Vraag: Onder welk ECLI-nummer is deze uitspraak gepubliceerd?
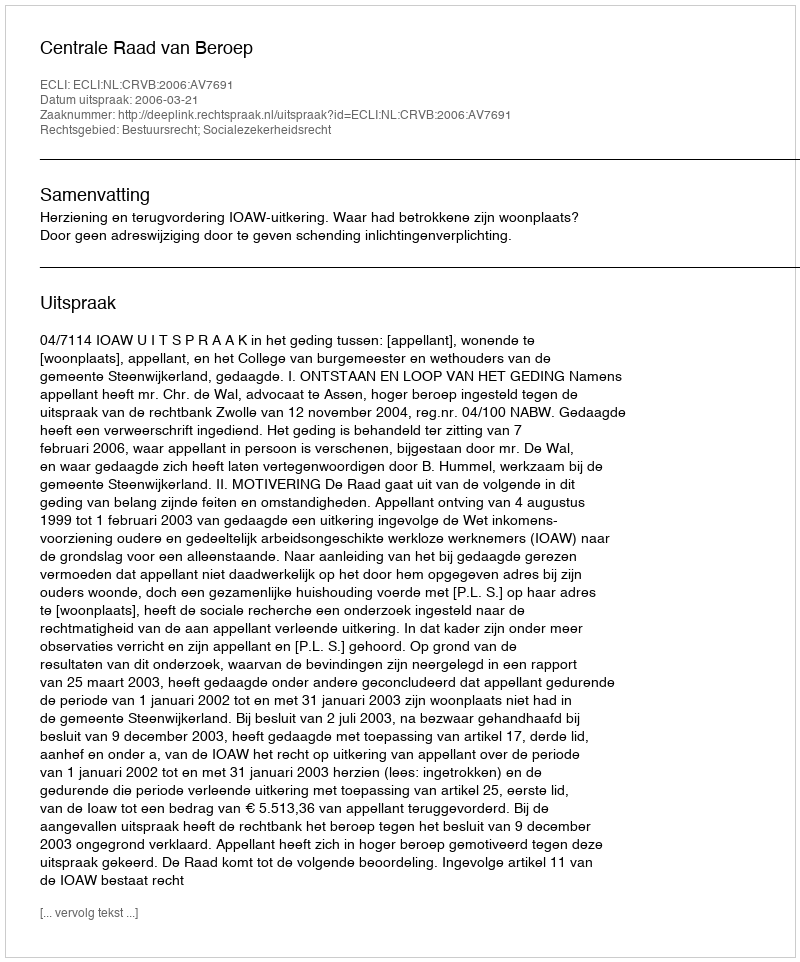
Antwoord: ECLI:NL:CRVB:2006:AV7691